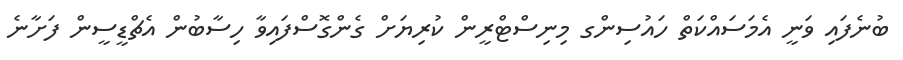
ބުނެފައި ވަނީ އެމަސައްކަތް ހައުސިންގ މިނިސްޓްރީން ކުރިޔަށް ގެންގޮސްފައިވާ ހިސާބުން އެޗްޑީސީން ފަށާނެ